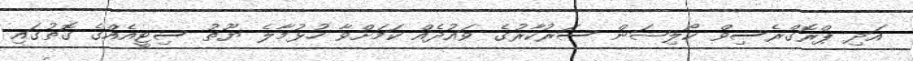
އަދި ޕްރޮގްރެސިވް ކޯލިޝަން ސަރުކާރުގެ ވައުދެއް ކަމަށްވާ ހުޅުމާލެ ޔޫތު ސިޓީއެއްގެ ގޮތުގައި